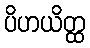
ပိဟယိတ္ထ